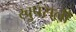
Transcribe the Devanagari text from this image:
खुपसली